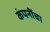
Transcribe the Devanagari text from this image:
कंपनींचा